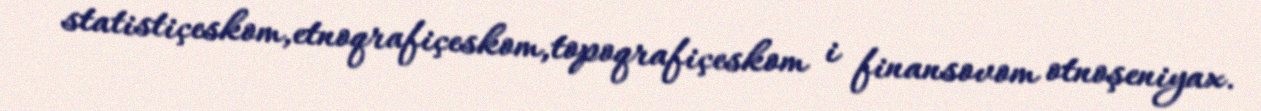
statistiçeskom,etnoqrafiçeskom,topoqrafiçeskom i finansovom otnoşeniyax.